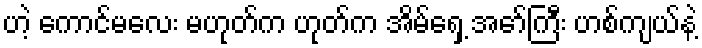
ဟဲ့ ကောင်မလေး မဟုတ်က ဟုတ်က အိမ်ရှေ့ အော်ကြီး ဟစ်ကျယ်နဲ့